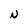
Character: N